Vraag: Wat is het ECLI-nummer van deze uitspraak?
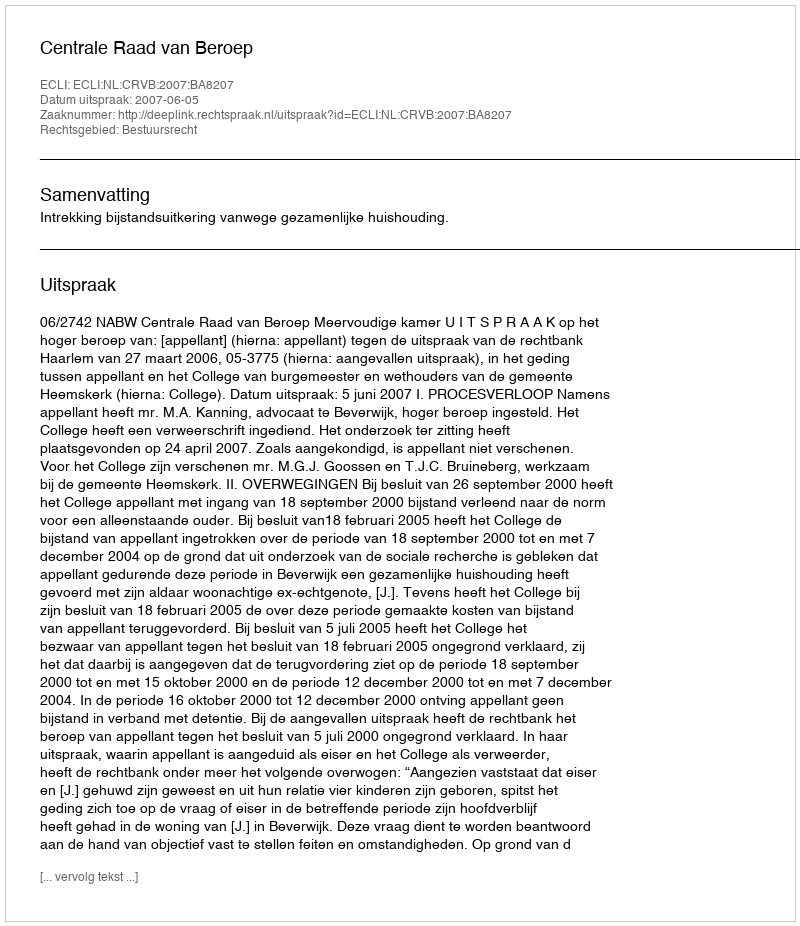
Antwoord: ECLI:NL:CRVB:2007:BA8207